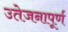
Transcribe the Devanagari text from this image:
उतेजनापूर्ण